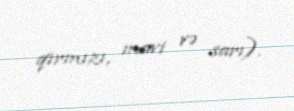
qırmızı, mavi və sarı).